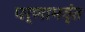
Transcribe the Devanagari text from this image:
पर्णाभवृंत